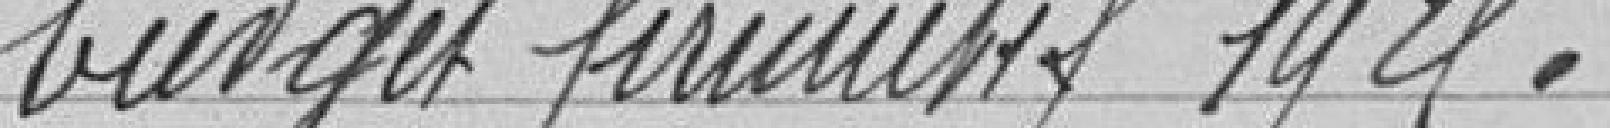
budget primitif 1925.